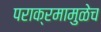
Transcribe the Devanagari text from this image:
पराक्रमामुळेच